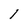
Character: l